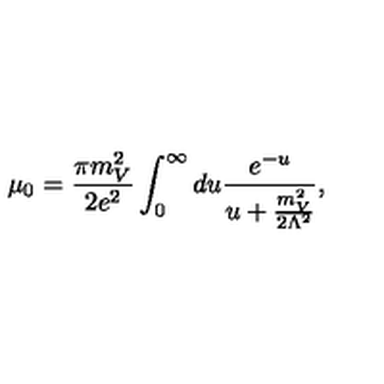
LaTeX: \mu _ { 0 } = \frac { \pi m _ { V } ^ { 2 } } { 2 e ^ { 2 } } \int _ { 0 } ^ { \infty } d u \frac { e ^ { - u } } { u + \frac { m _ { V } ^ { 2 } } { 2 \Lambda ^ { 2 } } } ,